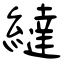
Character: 繨